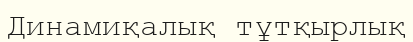
Динамиқалық тұтқырлық